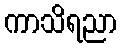
ကာသိရညာ